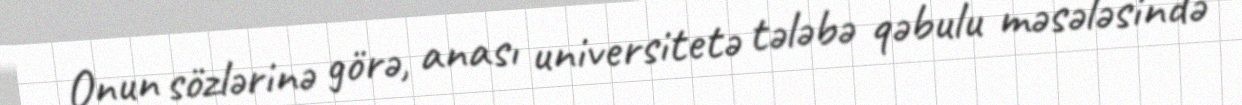
Onun sözlərinə görə, anası universitetə tələbə qəbulu məsələsində